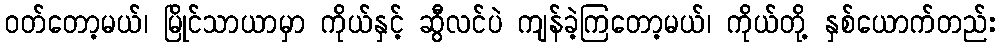
ဝတ်တော့မယ်၊ မြိုင်သာယာမှာ ကိုယ်နှင့် ဆွီလင်ပဲ ကျန်ခဲ့ကြတော့မယ်၊ ကိုယ်တို့ နှစ်ယောက်တည်း